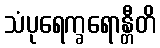
သံပုရေက္ခရောန္တီတိ